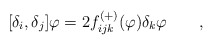
\begin{align*}\lbrack \delta _{i},\delta _{j}]\varphi =2f_{ijk}^{\left( +\right) }(\varphi)\delta _{k}\varphi \qquad ,\end{align*}